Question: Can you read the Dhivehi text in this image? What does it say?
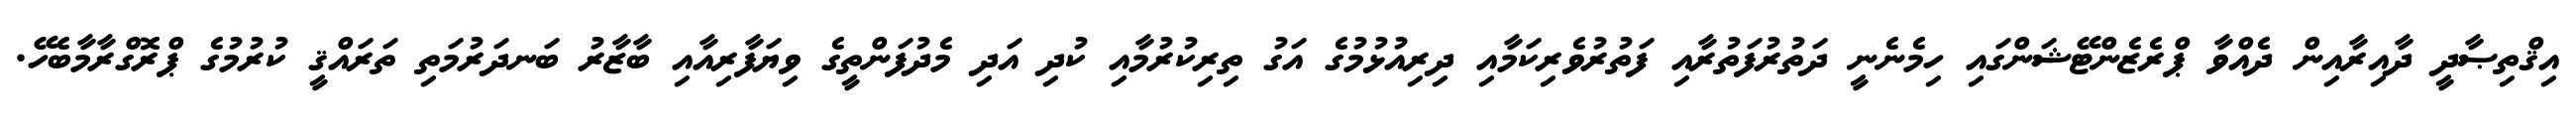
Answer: އިޤްތިޞާދީ ދާއިރާއިން ދެއްވާ ޕްރެޒެންޓޭޝަންގައި ހިމެނެނީ ދަތުރުފަތުރާއި ފަތުރުވެރިކަމާއި ދިރިއުޅުމުގެ އަގު ތިރިކުރުމާއި ކުދި އަދި މެދުފަންތީގެ ވިޔަފާރިއާއި ބާޒާރު ބަނދަރުމަތި ތަރައްޤީ ކުރުމުގެ ޕްރޮގްރާމާބެހޭ.